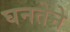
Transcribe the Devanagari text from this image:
घनतेने